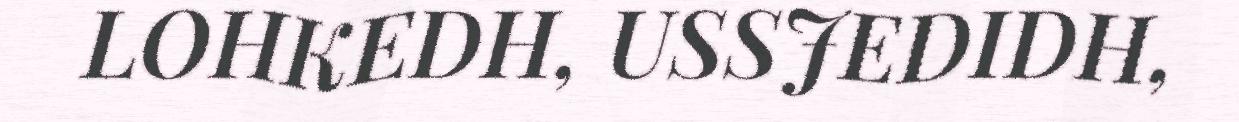
LOHKEDH, USSJEDIDH,